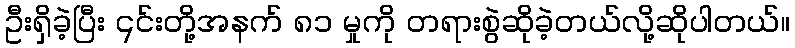
ဦးရှိခဲ့ပြီး ၎င်းတို့အနက် ၈၁ မှုကို တရားစွဲဆိုခဲ့တယ်လို့ဆိုပါတယ်။